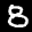
Label: 8